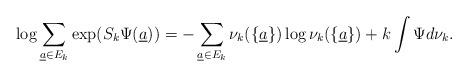
LaTeX: \begin{align*}\log\sum_{\underline{a}\in E_k}\exp(S_{k}\Psi(\underline{a}))=-\sum_{\underline{a}\in E_k}\nu_k(\{\underline{a}\})\log\nu_k(\{\underline{a}\})+k\int\Psi d\nu_k.\end{align*}